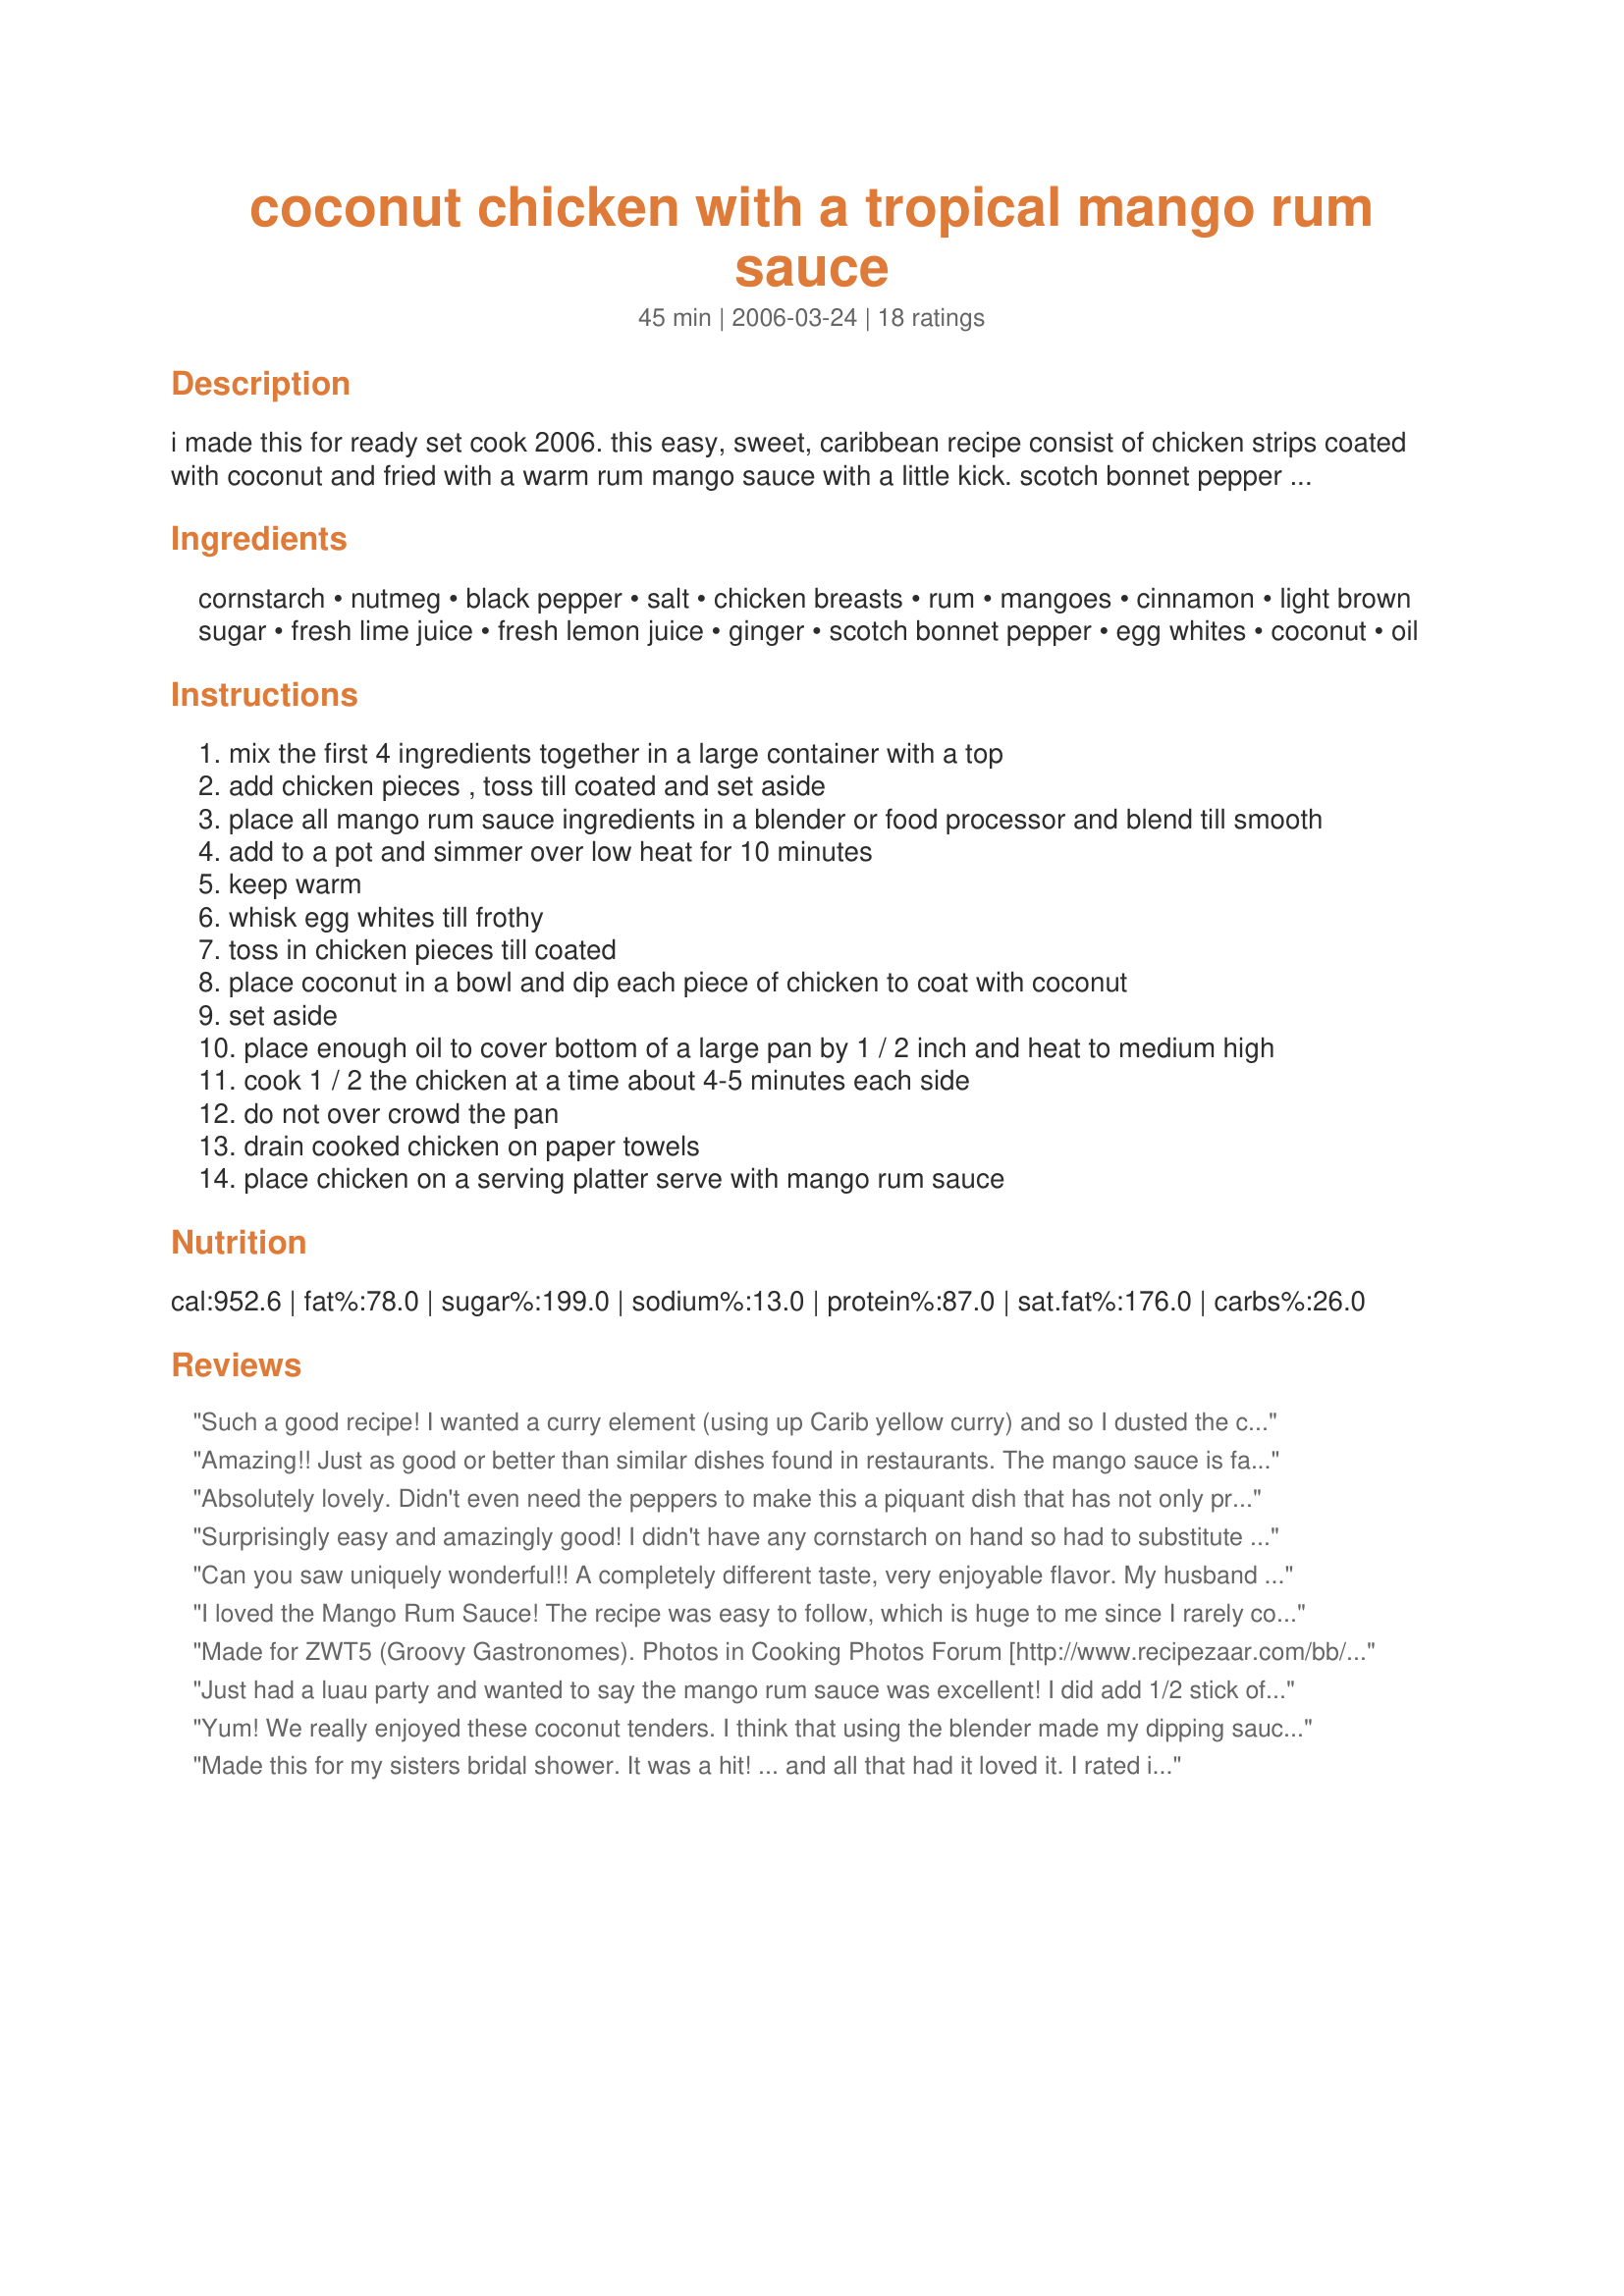
coconut chicken with a tropical mango rum sauce
Preparation time: 45 minutes

i made this for ready set cook 2006. this easy, sweet, caribbean recipe consist of chicken strips coated with coconut and fried with a warm rum mango sauce with a little kick. scotch bonnet pepper are very hot! be careful not to get in your eyes. best to wear gloves when handling. serve over rice for a main meal or as appetizers.

Ingredients:
cornstarch, nutmeg, black pepper, salt, chicken breasts, rum, mangoes, cinnamon, light brown sugar, fresh lime juice, fresh lemon juice, ginger, scotch bonnet pepper, egg whites, coconut, oil

Steps:
mix the first 4 ingredients together in a large container with a top
add chicken pieces , toss till coated and set aside
place all mango rum sauce ingredients in a blender or food processor and blend till smooth
add to a pot and simmer over low heat for 10 minutes
keep warm
whisk egg whites till frothy
toss in chicken pieces till coated
place coconut in a bowl and dip each piece of chicken to coat with coconut
set aside
place enough oil to cover bottom of a large pan by 1 / 2 inch and heat to medium high
cook 1 / 2 the chicken at a time about 4-5 minutes each side
do not over crowd the pan
drain cooked chicken on paper towels
place chicken on a serving platter serve with mango rum sauce

Reviews:
Such a good recipe! I wanted a curry element (using up Carib yellow curry) and so I dusted the chicken with that. This recipe does come together very quickly and is so fresh-tasting. The mango-rum sauce couldn't have been better. Rita, you sure know how to make 'em!
Amazing!! Just as good or better than similar dishes found in restaurants. The mango sauce is fabulous, but the chicken - even alone - is to die for. I can't even express how good this is; you just have to try it. I used only half of a lime and zest (all I had), powdered ginger and red pepper flakes. Really wonderful, easy and fun recipe. Thank you!!
Absolutely lovely. Didn't even need the peppers to make this a piquant dish that has not only provided a new, different, and filling meal, it made the house smell great. Since I'm not so much into the frying, I'm going to try this in the crockpot next time. Absolutely wonderful.
Surprisingly easy and amazingly good! I didn't have any cornstarch on hand so had to substitute flour at the last minute, but it still worked a treat. My friend's 7 year old (that eats almost nothing) asked for the rest of the chicken for her school lunch!
Can you saw uniquely wonderful!! A completely different taste, very enjoyable flavor. My husband rated this 5, which is very rare for him to do, we both loved it. Made for ZWT5.
I loved the Mango Rum Sauce! The recipe was easy to follow, which is huge to me since I rarely cook. Thanks for sharing!
Made for ZWT5 (Groovy Gastronomes). Photos in Cooking Photos Forum [http://www.recipezaar.com/bb/viewtopic.zsp?p=4572290#4572290]. Wonderful flavors, sweet without being cloying, very simple receipe to execute, no complicated ingredients. Great alternate to the "usual" chicken dishes. Thanks, Rita, for posting!
Just had a luau party and wanted to say the mango rum sauce was excellent! I did add 1/2 stick of butter to the sauce. To counterbalance the heat, I used hababero pepper but just put it in the sauce whole while it's cooking and the heat seaps out. No chopping, seeding or super hot bites. Taste often because they are hot. I find it easier to control the heat with these and I just keep a jar in my frig. I had two parties back to back and made 2 batches the sauce ahead and stored in freezer. For the second party I was short on time and used Tyson frozen fried chicken strips. For those who want to try this without the extra effort, at least try the sauce with store bought strips. Bravo Rita!
Yum! We really enjoyed these coconut tenders. I think that using the blender made my dipping sauce alot more like applesauce, but no matter, as the taste was great. Next time, though, I'll use my food processor, to leave it a little more 'chunky'. The flavor was really good, from the tenders and the sauce, as the rum undertones were very nice. Thanks for being a creative force, Rita~, and sharing these tidbits with everyone!
Made this for my sisters bridal shower. It was a hit! ... and all that had it loved it. I rated it lower because it was time consuming, and not easy as stated in the opening paragraph. Would I make it again? Maybe, on a special occasion. Would others who had it make it? Maybe. I cut the chicken in cube size bites and cooked them that way. Then I served each piece with a toothpick in it. Next time I might just do the strips and cut it after it's cooked to make it faster. Thanks! P.S. this recipe is Gluten Free!
delish recipe!!!! i made some changes to the chicken method... i used a tempura batter to dip the chicken in, then i rolled the chicken in a combination of 1 cup panko breadcrumbs (seasoned with ground ginger, garlic and cayenne) and 1 cup coconut. then i deep fried in my fryer. the mango rum sauce is excellent! i did add a bit of red onion, fresh parsley and garlic! everyone loved it! thanks for another awesome keeper, rita! will be making this recipe many more times!!!
All I have to say is yum yum rum.(couldn't resist - it rhymed. This was great. I will definitely make it again. I tried it with lime this time(cubra libra style). I used to limes instead of one since lemons are triple the size. Too bad I wasn't in the tropics to enjoy it.
Yum, yum yum!! We loved this. I omitted the salt (personal preference) and used a lemon for the juice and zest. Thanks for sharing! ZWT7
Well, well, RitaL. I tried to replicate the chicken in your photograph in the RSC thread... and you know what??? I did it. Minor alteration, Rita, nothing critical. The chicken breasts I had were quite large, so I pounded them down to about 1/2 their original size, and proceeded with your recipe as if nothing was different (LOL) Because of health implications, of necessity, I used Splenda in 1/2 the quantity and relied instead, on the natural sweetness of the mango, rum and coconut. It worked just fine. Instead of scotch bonnet peppers, I used fresh habaneras (not as hot). All other ingredients, and instructions were used and followed to the letter... You're a wonderful cook Rita. No complaints in my department... Thanks again for my dinner this evening.
Wow - this is an amazing recipe. The mango rum sauce was perfect with the chicken, but seems to be very versatile - I'd like to try it with shrimp. I cut the chicken into pieces that were a little small, so the whole dipping/coating process took longet than it should have, but all in all a very easy recipe. I'll definitely use this again .Thanks!
My sister served this sauce with chicken at a party and it is the best sauce I've ever tasted (outside of a restaurant). A few days later I came over and she served some leftover sauce on pork chops and, wow, did that taste good. Yum! Yum!
Total Keeper. I baked mine to keep it healthier, and accidentally overbaked it since it's hard to tell in the oven when white chicken coated in white coconut is fully cooked! I baked it at 400 for about 45 minutes (my chicken was partially frozen too). It was yummy. The sauce for us was pretty thick, more like a compote, but still good. Thank you for a new recipe!
Rita, this was fantastic! Since this was for a family dinner, I prepared the mango rum sauce without the pepper, then halved the sauce and added habenero pepper to the adults' sauce. I left the childrens' sauce without peppers. This was a totally awesome dish, well recieved by the whole family. I like the coconut coating on the chicken, but the mango rum sauce really made the dish outstanding. Thanks for sharing the recipe!
